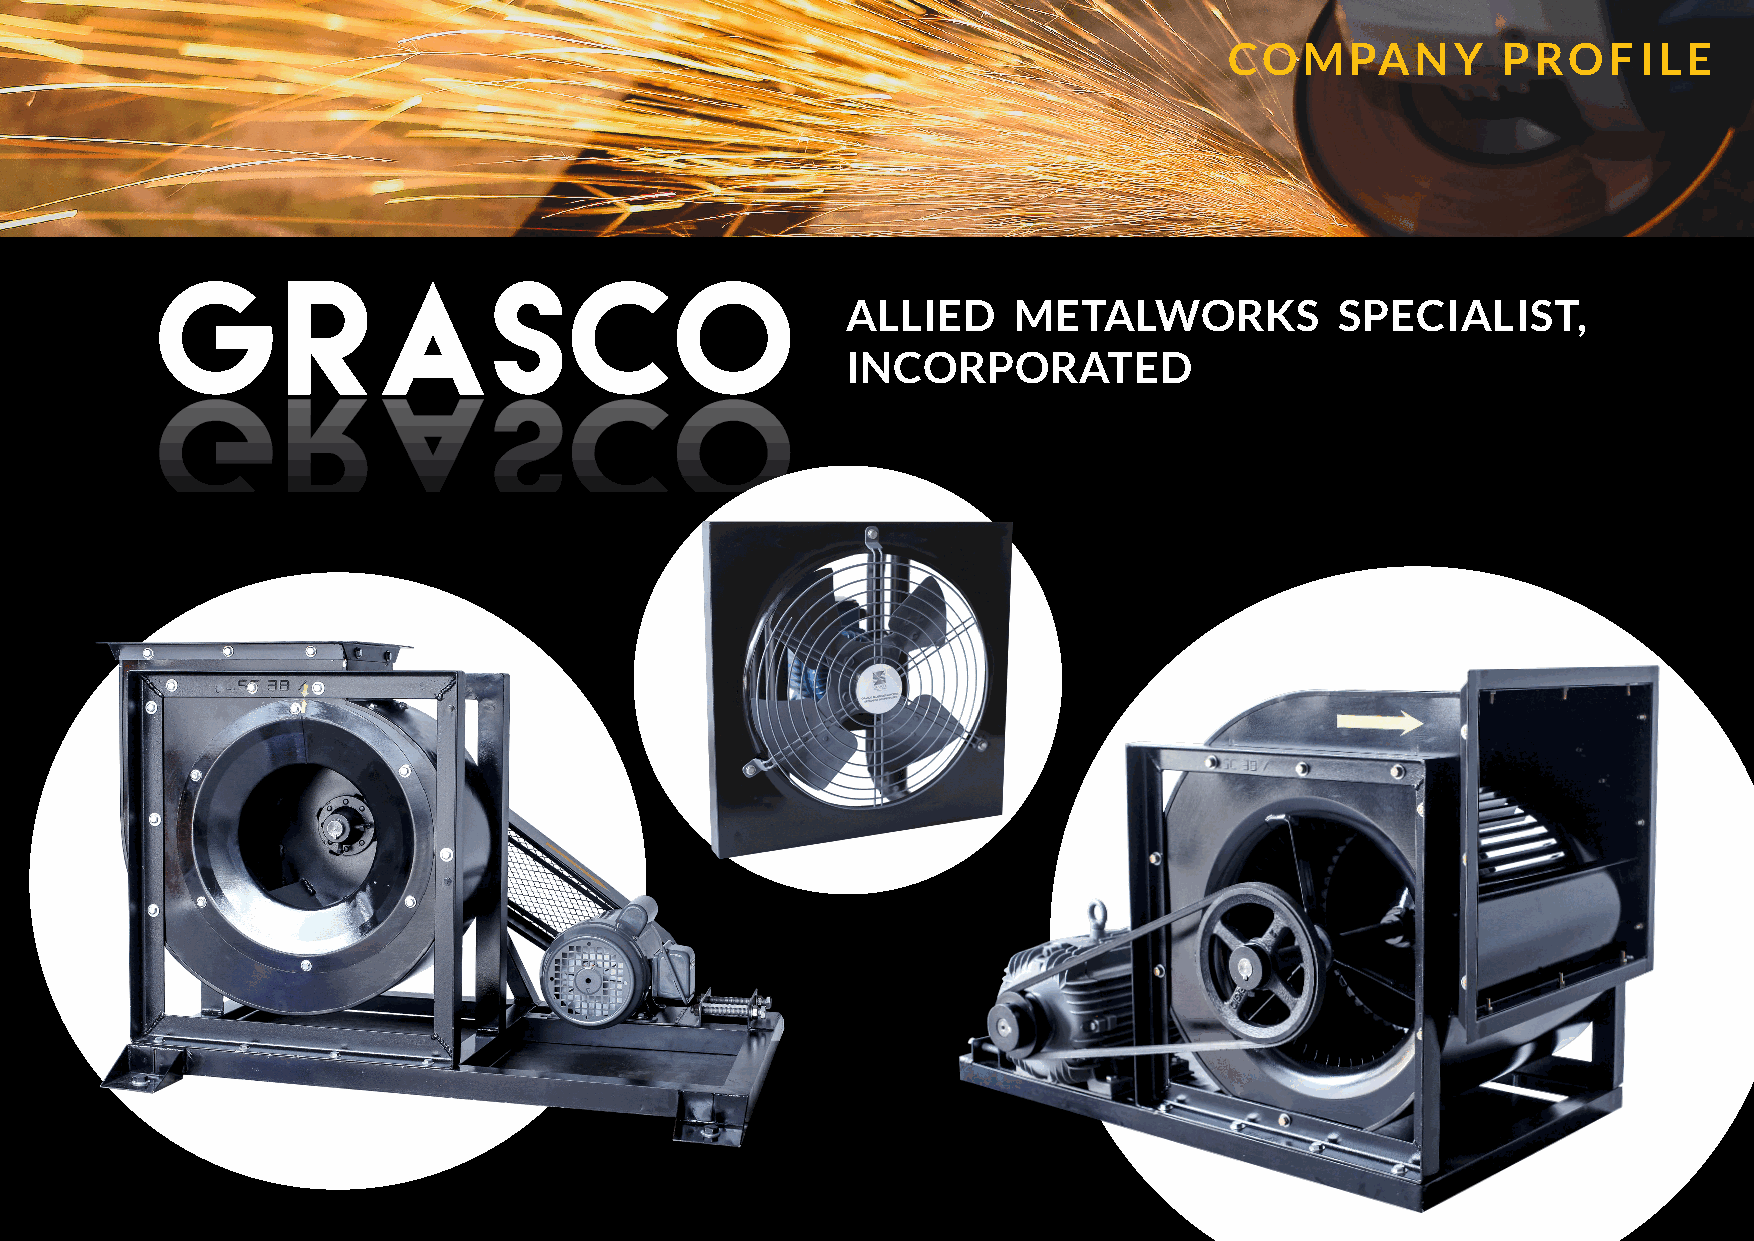
COMPANY           PROFILE
 G       RASCO
 ALLIED     METALWORKS            SPECIALIST,
 INCORPORATED